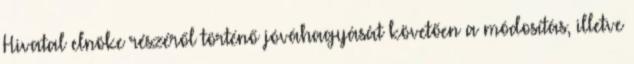
Hivatal elnöke részéről történő jóváhagyását követően a módosítás, illetve